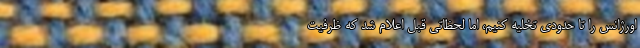
اورژانس را تا حدودی تخلیه کنیم، اما لحظاتی قبل اعلام شد که ظرفیت